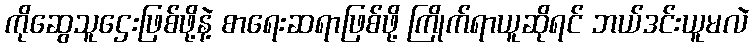
ကိုဆွေသူဌေးဖြစ်ဖို့နဲ့ စာရေးဆရာဖြစ်ဖို့ ကြိုက်ရာယူဆိုရင် ဘယ်ဒင်းယူမလဲ